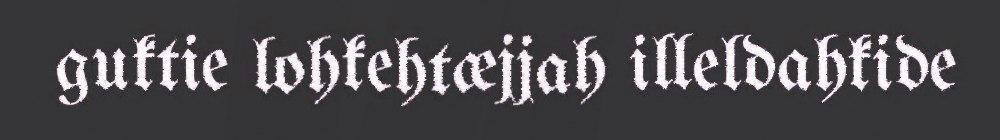
guktie lohkehtæjjah illeldahkide